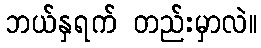
ဘယ်နှရက် တည်းမှာလဲ။